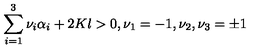
\sum _ { i = 1 } ^ { 3 } \nu _ { i } \alpha _ { i } + 2 K l > 0 , \nu _ { 1 } = - 1 , \nu _ { 2 } , \nu _ { 3 } = \pm 1